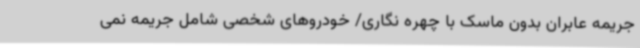
جریمه عابران بدون ماسک با چهره نگاری/ خودروهای شخصی شامل جریمه نمی